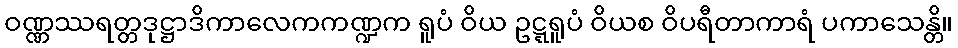
ဝဏ္ဏဿရတ္တဒုဋ္ဌာဒိကာလေကကဏ္ဍက ရူပံ ဝိယ ဥဋ္ဋရူပံ ဝိယစ ဝိပရီတာကာရံ ပကာသေန္တိ။